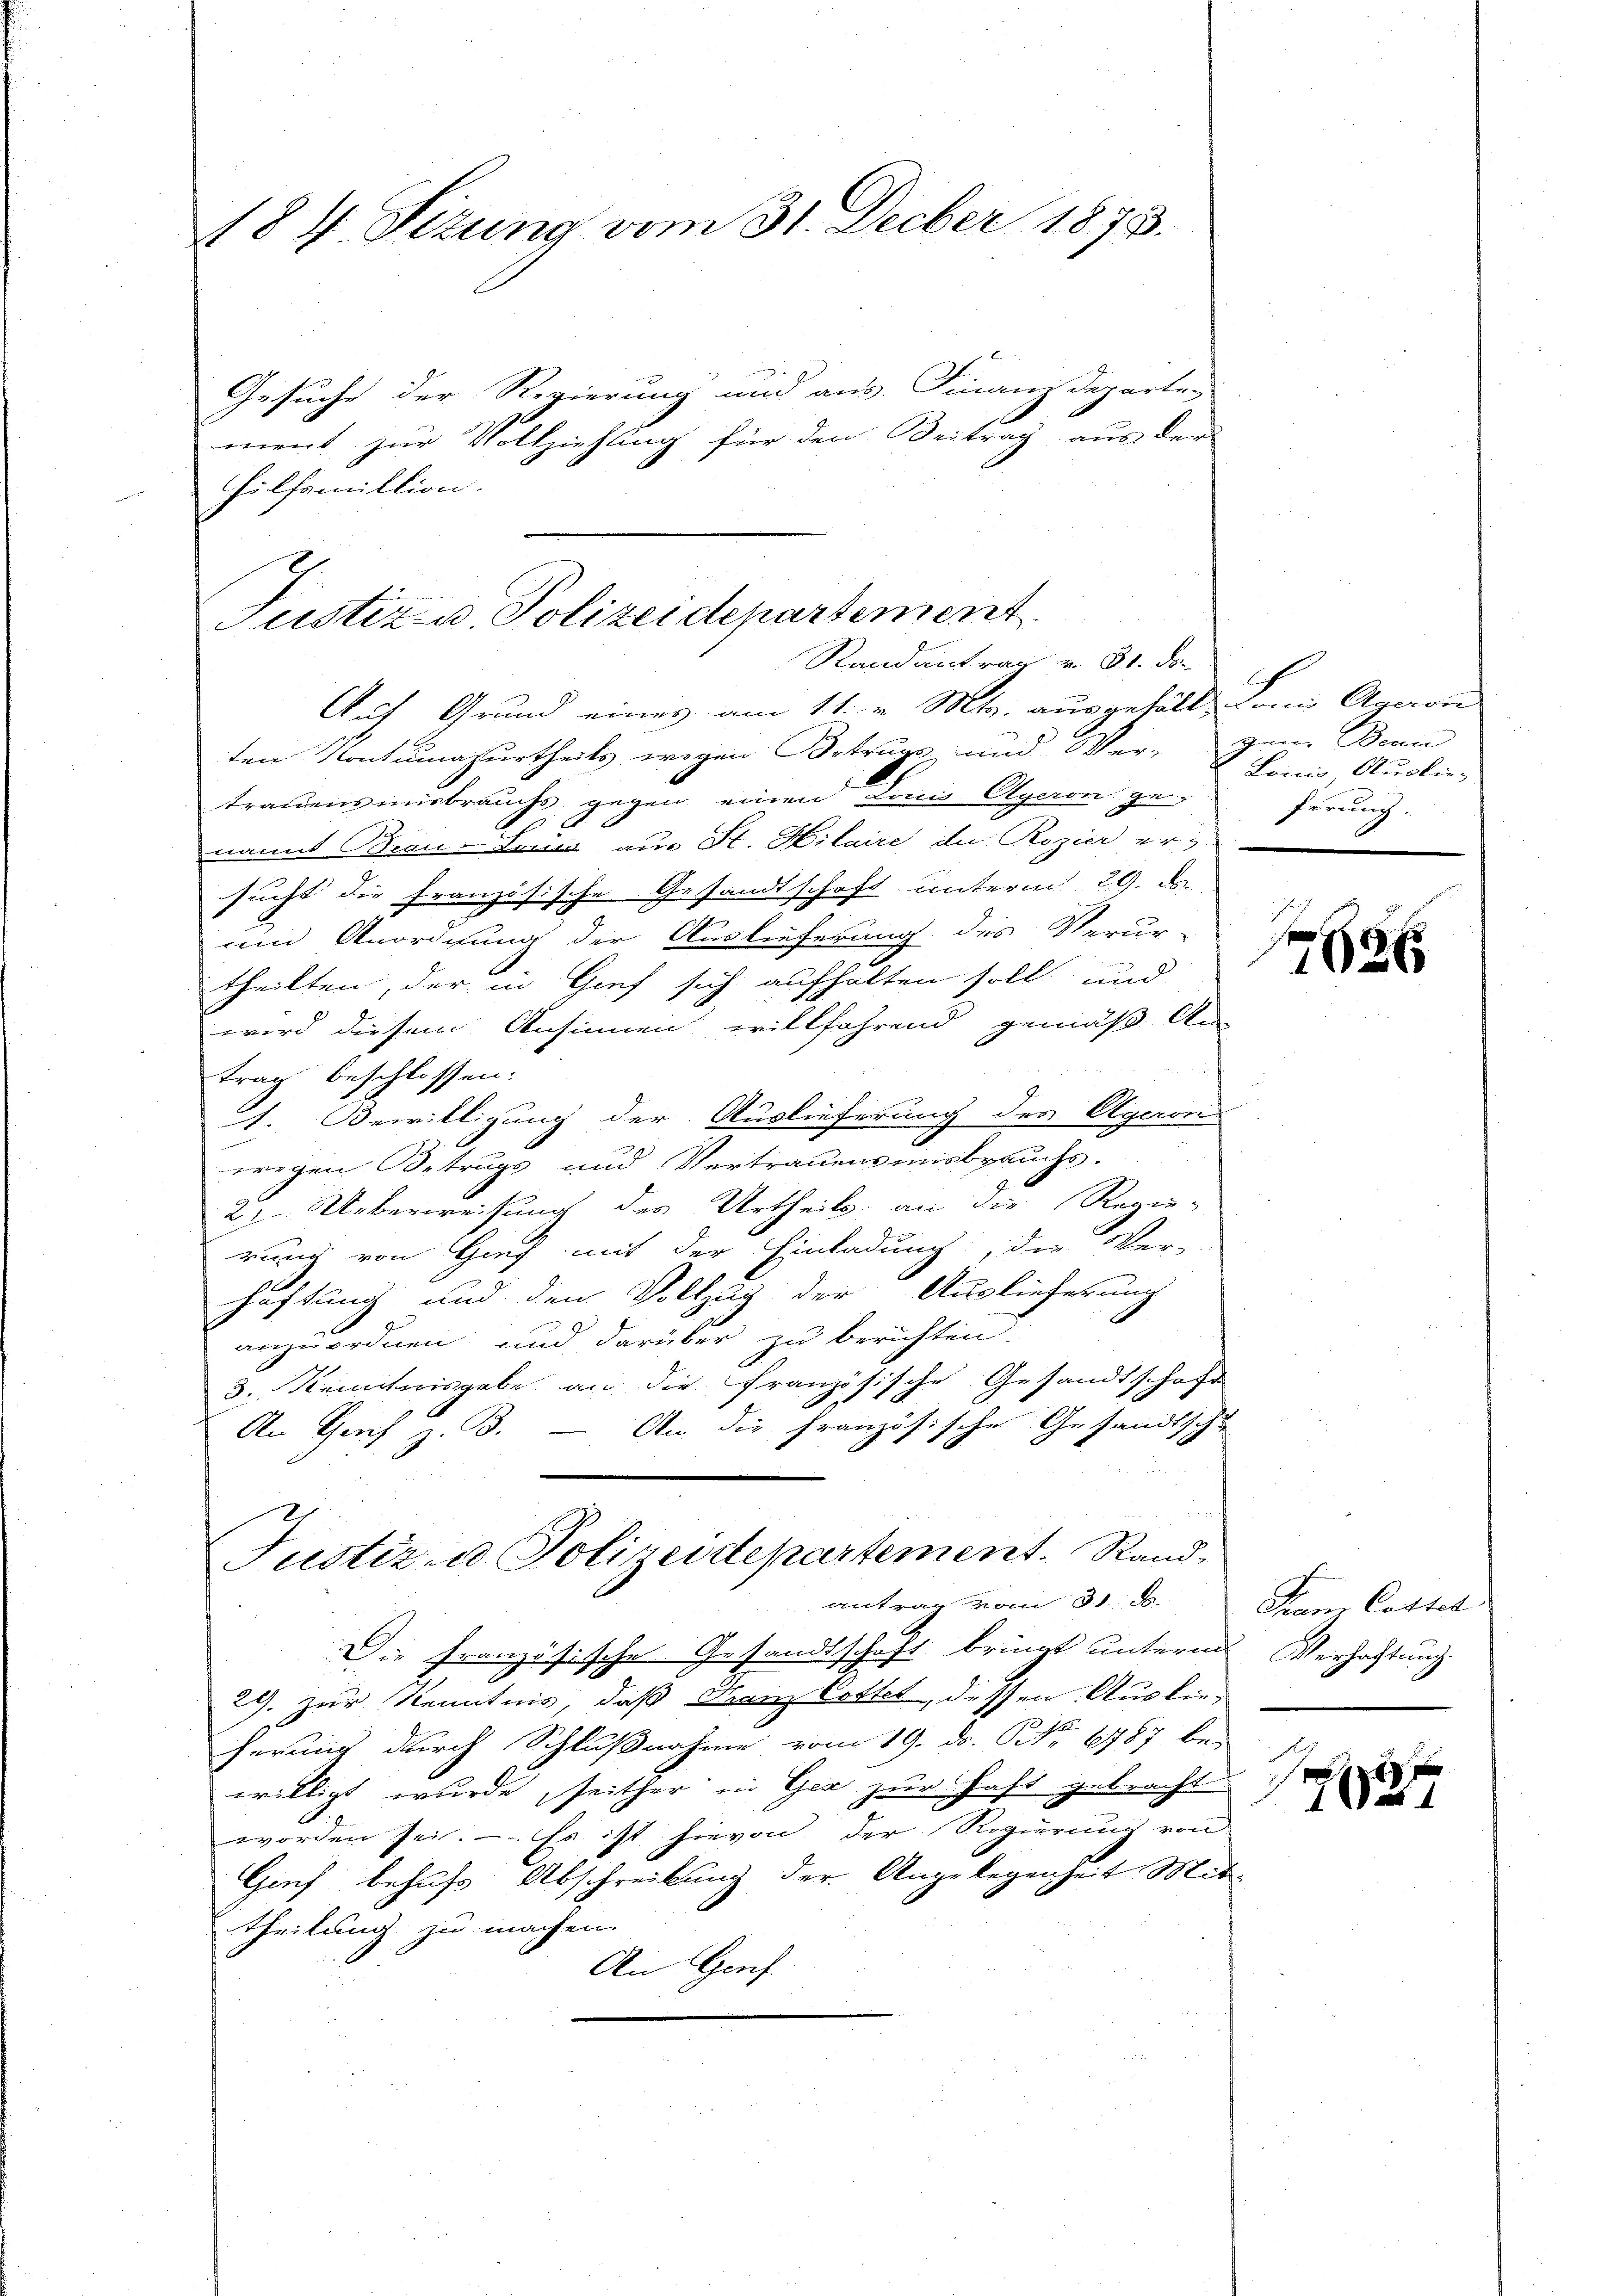
184. Sizung vom 31. Decber 1873.

Gesuche der Regierung und aus. Finanzdepartei
ment zur Vollziehung für den Beitrag aus der
hilfsmittion.

Justiz- u Polizeidepartement
Randantrag u. 81. Do
Auf Grund eines am 11. v. Mts. ausgefäll. Lani Agaron

ten Kontumasurtheils wegen Betrugs und Ver- gen. Bean
trauensmisbrauchs gegen einen Louis Ageron ge-
nannt Brau-Leii, aus St. Hilaire de Rozier er-
sucht die französische Gesandtschaft unterm 29. ds.
ein Anordnung der Auslieferung des Verur-
theilten, der in Graf sich aufhalten soll, und
wird diesem Ansinnen willfährend gemäß An
trag beschlossen:
1. Bewilligung der Auslieferung des Ageron
wegen Betrugs und Vertrauensmisbrauchs.
2. Ueberweisung des Urtheils an die Regie-
rung von Gief mit der Einladung, die Ver-
haftung und den Vollzug der Auslieferung
anzuordnen, und darüber zu berichten.
3. Kenntnisgabe an die französische Gesandtschaft
An Genf z. B. — An die französische Gesandtsche
Justiz u. Polizeidepartement. Randantrag vom 31. ds.
Die Französische Gesandtschaft bringt unterm
29. zur Kenntnis, daß Franz Cottet, dessen Auskun-
ferung durch Schlußnahme vom 19. ds. P. Nr. 6787 be-
willigt wurde, seither in Gez zur Haft gebracht
worden sei. — Es ist hievon der Regierung von
Grf behufs Abschreibung der Angelegenheit Mittheilung zu machen.
An Genf

Loini Auslie-
ferung.

7696

Tram Cottet
Verhaltung.
d
f

0